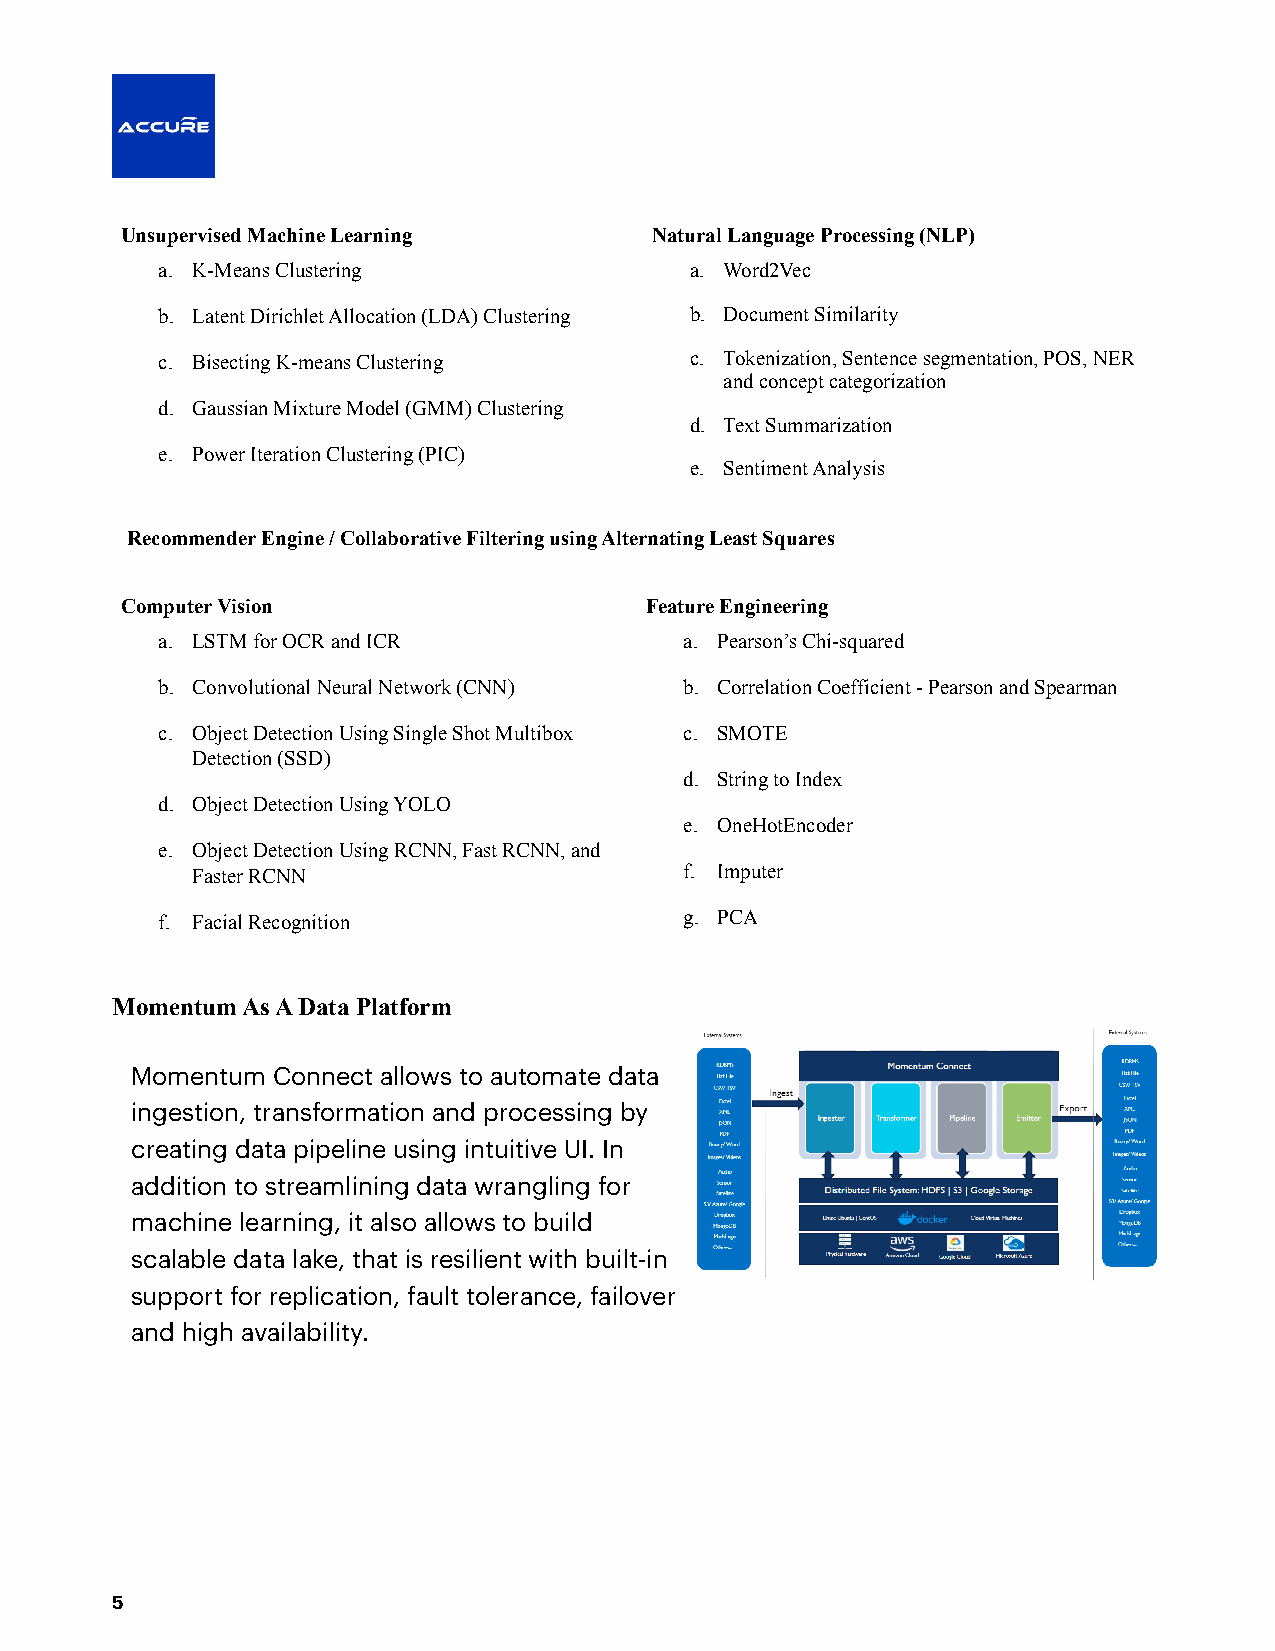
Unsupervised Machine Learning      Natural Language Processing (NLP)
 a. K-Means Clustering               a. Word2Vec
 b. Latent Dirichlet Allocation (LDA) Clustering b. Document Similarity
 c. Bisecting K-means Clustering     c. Tokenization, Sentence segmentation, POS, NER
 and concept categorization
 d. Gaussian Mixture Model (GMM) Clustering
 d. Text Summarization
 e. Power Iteration Clustering (PIC)
 e. Sentiment Analysis
 Recommender Engine / Collaborative Filtering using Alternating Least Squares
 Computer Vision                    Feature Engineering
 a. LSTM for OCR and ICR            a. Pearson’s Chi-squared
 b. Convolutional Neural Network (CNN) b. Correlation Coefficient - Pearson and Spearman
 c. Object Detection Using Single Shot Multibox c. SMOTE
 Detection (SSD)
 d. String to Index
 d. Object Detection Using YOLO
 e. OneHotEncoder
 e. Object Detection Using RCNN, Fast RCNN, and
 Faster RCNN                     f. Imputer
 f. Facial Recognition              g. PCA
 Momentum As A Data Platform
 Momentum Connect allows to automate data
 ingestion, transformation and processing by
 creating data pipeline using intuitive UI. In
 addition to streamlining data wrangling for
 machine learning, it also allows to build
 scalable data lake, that is resilient with built-in
 support for replication, fault tolerance, failover
 and high availability.
 5